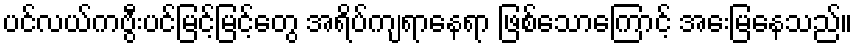
ပင်လယ်ကဗွီးပင်မြင့်မြင့်တွေ အရိပ်ကျရာနေရာ ဖြစ်သောကြောင့် အေးမြနေသည်။